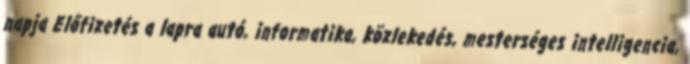
napja Előfizetés a lapra autó, informatika, közlekedés, mesterséges intelligencia,